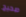
صحيح